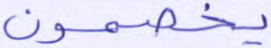
يخصمون